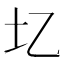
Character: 𫭖